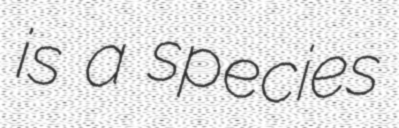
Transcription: is a species